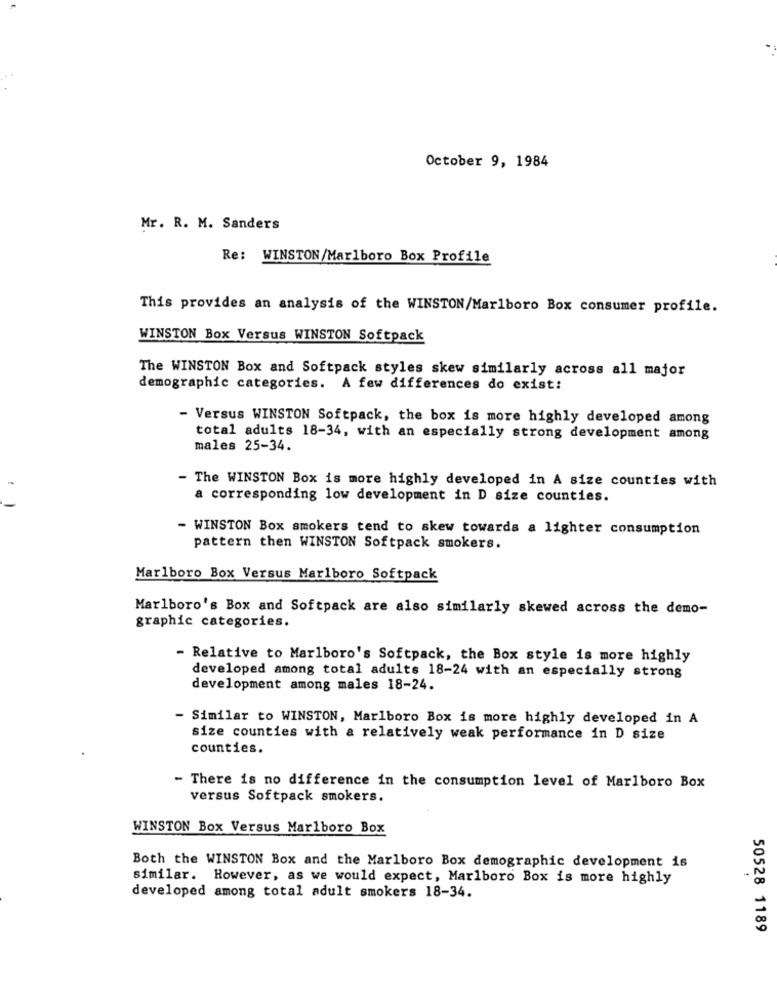
October 9, 1984
Mr. R. M. Sanders
Re: WINSTON/Marlboro Box Profile
This provides an analysis of the WINSTON/Marlboro Box consumer profile.
WINSTON Box Versus WINSTON Softpack
The WINSTON Box and Softpack styles skew similarly across all major
demographic categories. A few differences do exist:
- Versus WINSTON Softpack, the box is more highly developed among
total adults 18-34, with an especially strong development among
males 25-34.
- The WINSTON Box is more highly developed in A size counties with
a corresponding low development in D size counties.
- WINSTON Box smokers tend to skew towards a lighter consumption
pattern then WINSTON Softpack smokers.
Marlboro Box Versus Marlboro Softpack
Marlboro's Box and Softpack are also similarly skewed across the demo-
graphic categories.
- Relative to Marlboro's Softpack, the Box style is more highly
developed among total adults 18-24 with an especially strong
development among males 18-24.
- Similar to WINSTON, Marlboro Box is more highly developed in A
size counties with a relatively weak performance in D size
counties.
- There is no difference in the consumption level of Marlboro Box
versus Softpack smokers.
WINSTON Box Versus Marlboro Box
Both the WINSTON Box and the Marlboro Box demographic development is
-
similar. However, as we would expect, Marlboro Box is more highly
developed among total adult smokers 18-34.
50528 1189